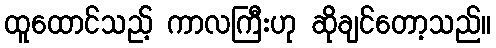
ထူထောင်သည့် ကာလကြီးဟု ဆိုချင်တော့သည်။